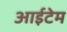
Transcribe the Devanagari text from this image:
आईटेम